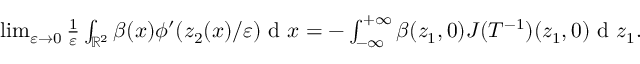
\begin{array} { r } { \operatorname* { l i m } _ { \varepsilon \to 0 } \frac { 1 } { \varepsilon } \int _ { \mathbb { R } ^ { 2 } } \beta ( x ) \phi ^ { \prime } ( z _ { 2 } ( x ) / \varepsilon ) \textrm { d } x = - \int _ { - \infty } ^ { + \infty } \beta ( z _ { 1 } , 0 ) J ( T ^ { - 1 } ) ( z _ { 1 } , 0 ) \textrm { d } z _ { 1 } . } \end{array}